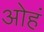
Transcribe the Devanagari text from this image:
ओहं